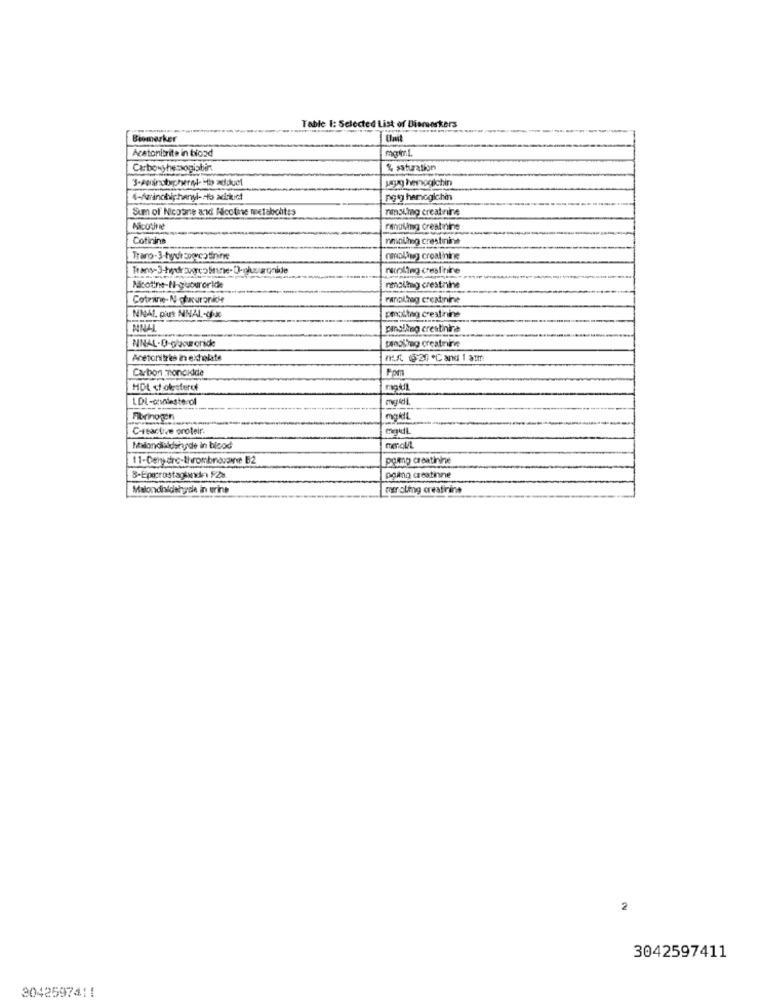
Table I: Selected List of Biomarkers
Biomarker
Acetonitrite in ticad
Carbowyhessogisbin
% saturation
aug henogichin
4-Awinchiphenyl-ro adrluct
pgy henogichin
Sum of Nicotine and Nicotine metabolites
resi.mag creatnine
Nicotine
rmaling creatinine
Cotinina
mimouheg creatinine
Trano. 3-tych cowcotinne
cool,igg creatinine
nicoaling cresl'tine
nmollig crestnine
Cotraine-N- chrurankcie
Paralheg creatinine
NIAL. pius NNAL-gix
Emolteg creatinine
MNAL
pisling crestintra
NINAL-D-Glucuronide
pendling creatmin
Acetonitres 2 exhelate
nuf 16:30 *℃ and 1 am
Carbon monoxide
Fpm
HDL cholesterol
LDL-colesterol
mgk!L
C-reactive groteir
Malondialdehyde in blood
porg creatinine
B-Epecrostagunde FZ8
poing creatinine
Malondialdehyde in urine
mer oling creatinine
2
3042597411
3042597411